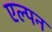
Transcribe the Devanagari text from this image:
एल्पन